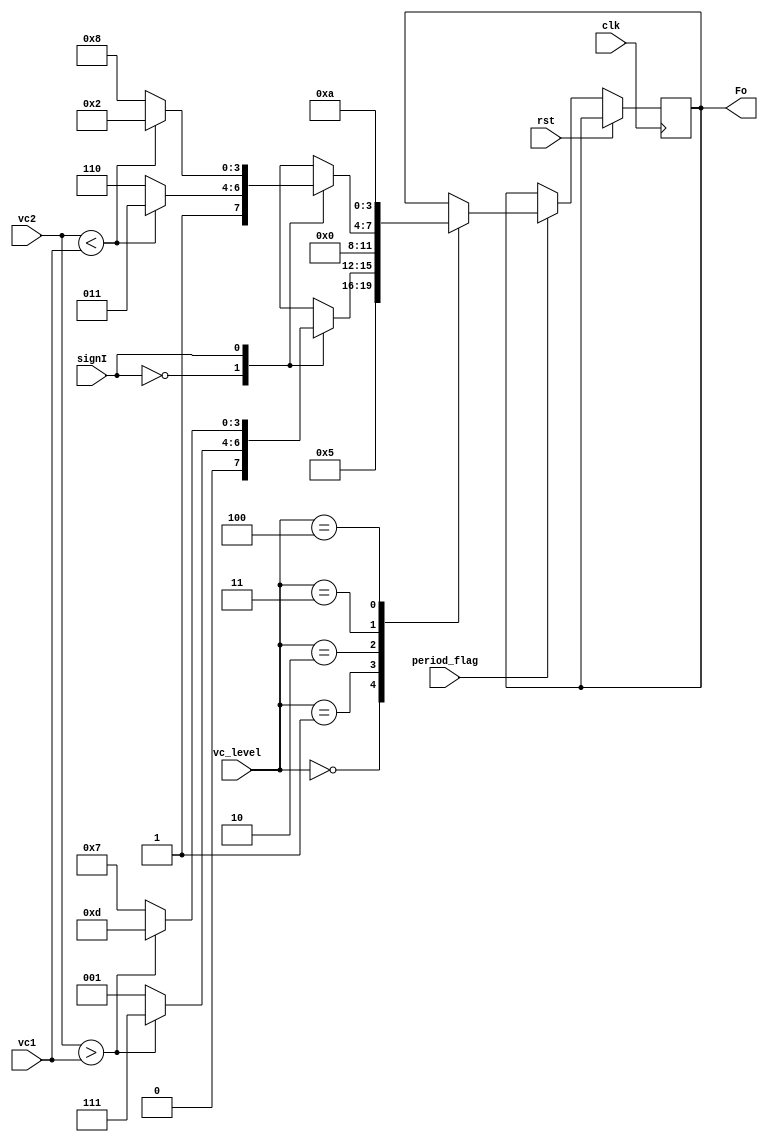
`timescale 1ns / 1ps
//////////////////////////////////////////////////////////////////////////////////
// Company: 
// Engineer: 
// 
// Design Name: 
// Module Name:    arm_balance 
// Project Name: 
// Target Devices: 
// Tool versions: 
// Description: 
//
// Dependencies: 
//
// Revision: 
// Revision 0.01 - File Created
// Additional Comments: 
//
//////////////////////////////////////////////////////////////////////////////////
module arm_balance(
input clk,
input rst,
input period_flag,
input signI,
input [2:0]vc_level,
input [7:0]vc1, vc2,
output reg [3:0]Fo
    );

reg[3:0] Fo_1;
initial Fo_1 = 4'b1010;
always@(posedge clk)
if(period_flag)
	Fo_1<=Fo;
else 
	Fo_1<=Fo_1;

always@(posedge clk)
if(rst) Fo <= Fo;
else if(period_flag)
	case(vc_level)
	0:Fo <= 4'b01_01;//-2vdc
	1:case(signI)//generar -vdc
		0:if(vc2>vc1) //Corriente positivc, descargo condensadores
				Fo<= 4'b01_11;
		  else //vc2<vc1
				Fo<=4'b00_01;
		1:if(vc2>vc1) //Corriente negativc, cargo condensadores para generar -vdc
				Fo<= 4'b11_01;
		  else
				Fo<= 4'b01_11;
		
	endcase
	2:Fo<=4'b0000;
	/*case(signI)//generar 0 en este caso puedo cargar uno y descargar otro o dejar los 2 abiertos o cerrados si son iguales
		0:if(vc2<vc1) //Corriente positivc
				Fo<= 4'b10_01; //cargo vc2 y descargo vc1
		  else if(vc1==vc2)
				if(Fo_1[3:2]==2'b11)
					if(Fo_1[1:0]==2'b11)
						Fo<=4'b11_11;
					else
						Fo<=4'b11_00;
				else
					if(Fo_1[1:0]==2'b11)
						Fo<=4'b00_11;
					else
						Fo<=4'b00_00;
		  else //vc1<vc2
			Fo<=4'b01_10; //cargo vc1 y descargo vc2
	1:if(vc2<vc1) //Corriente negativc
			Fo<= 4'b01_10; //cargo vc2, descargo vc1
	  else if(vc1==vc2)
			if(Fo_1[3:2]==2'b11)
				if(Fo_1[1:0]==2'b11)
						Fo<=4'b11_11;
				else
						Fo<=4'b11_00;
			else
				if(Fo_1[1:0]==2'b11)
						Fo<=4'b00_11;
				else
						Fo<=4'b00_00;
		else //vc1<vc2
			Fo<=4'b10_01; //cargo vc1 y descargo vc2
			endcase*/
	3:case(signI) ////////////////Vdc 4 opciones	
		0:if(vc2<vc1)
					Fo<=4'b10_11;
		  else //vc2>vc1
					Fo<=4'b11_10;
			
		1:if(vc2<vc1) //corriente negativc, descargo al generar Vdc
					Fo<=4'b00_10;
		  else //vc2>vc1
					Fo<=4'b10_00;
		endcase
	4:Fo <= 4'b10_10;

	default:Fo<=Fo;
	endcase
else
	Fo<=Fo;


endmodule